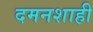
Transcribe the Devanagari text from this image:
दमनशाही